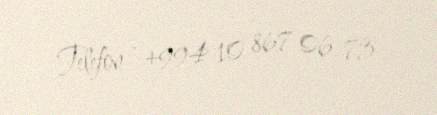
Telefon - +994 10 867 06 73